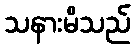
သနားမိသည်